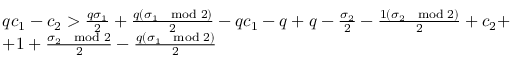
\begin{array} { r l } & { q c _ { 1 } - c _ { 2 } > \frac { q \sigma _ { 1 } } { 2 } + \frac { q ( \sigma _ { 1 } \mod 2 ) } { 2 } - q c _ { 1 } - q + q - \frac { \sigma _ { 2 } } { 2 } - \frac { 1 ( \sigma _ { 2 } \mod 2 ) } { 2 } + c _ { 2 } + } \\ & { + 1 + \frac { \sigma _ { 2 } \mod 2 } { 2 } - \frac { q ( \sigma _ { 1 } \mod 2 ) } { 2 } } \end{array}